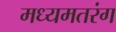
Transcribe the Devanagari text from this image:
मध्यमतरंग